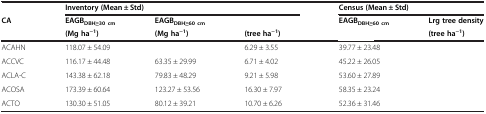
<table><thead><tr><td>[EMPTY_CELL]</td><td colspan="3"><b>Inventory (Mean ± Std)</b></td><td colspan="2"><b>Census (Mean ± Std)</b></td></tr><tr><td rowspan="2"><b>CA</b></td><td><b>EAGB<sub>DBH≥30 cm</sub></b></td><td><b>EAGB<sub>DBH≥60 cm</sub></b></td><td>[EMPTY_CELL]</td><td><b>EAGB<sub>DBH≥60 cm</sub></b></td><td><b>Lrg tree density</b></td></tr><tr><td><b>(Mg ha<sup>−1</sup>)</b></td><td><b>(Mg ha<sup>−1</sup>)</b></td><td><b>(tree ha<sup>−1</sup>)</b></td><td>[EMPTY_CELL]</td><td><b>(tree ha<sup>−1</sup>)</b></td></tr></thead><tbody><tr><td>ACAHN</td><td>118.07 ± 54.09</td><td>[EMPTY_CELL]</td><td>6.29 ± 3.55</td><td>39.77 ± 23.48</td><td>[EMPTY_CELL]</td></tr><tr><td>ACCVC</td><td>116.17 ± 44.48</td><td>63.35 ± 29.99</td><td>6.71 ± 4.02</td><td>45.22 ± 26.05</td><td>[EMPTY_CELL]</td></tr><tr><td>ACLA-C</td><td>143.38 ± 62.18</td><td>79.83 ± 48.29</td><td>9.21 ± 5.98</td><td>53.60 ± 27.89</td><td>[EMPTY_CELL]</td></tr><tr><td>ACOSA</td><td>173.39 ± 60.64</td><td>123.27 ± 53.56</td><td>16.30 ± 7.97</td><td>58.35 ± 23.24</td><td>[EMPTY_CELL]</td></tr><tr><td>ACTO</td><td>130.30 ± 51.05</td><td>80.12 ± 39.21</td><td>10.70 ± 6.26</td><td>52.36 ± 31.46</td><td>[EMPTY_CELL]</td></tr></tbody></table>